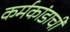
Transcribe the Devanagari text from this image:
कर्मकांडाची